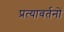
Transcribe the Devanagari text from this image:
प्रत्यावर्तनों